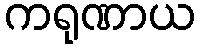
ကရုဏာယ